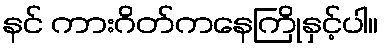
နင် ကားဂိတ်ကနေကြိုနှင့်ပါ။